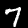
Label: 7